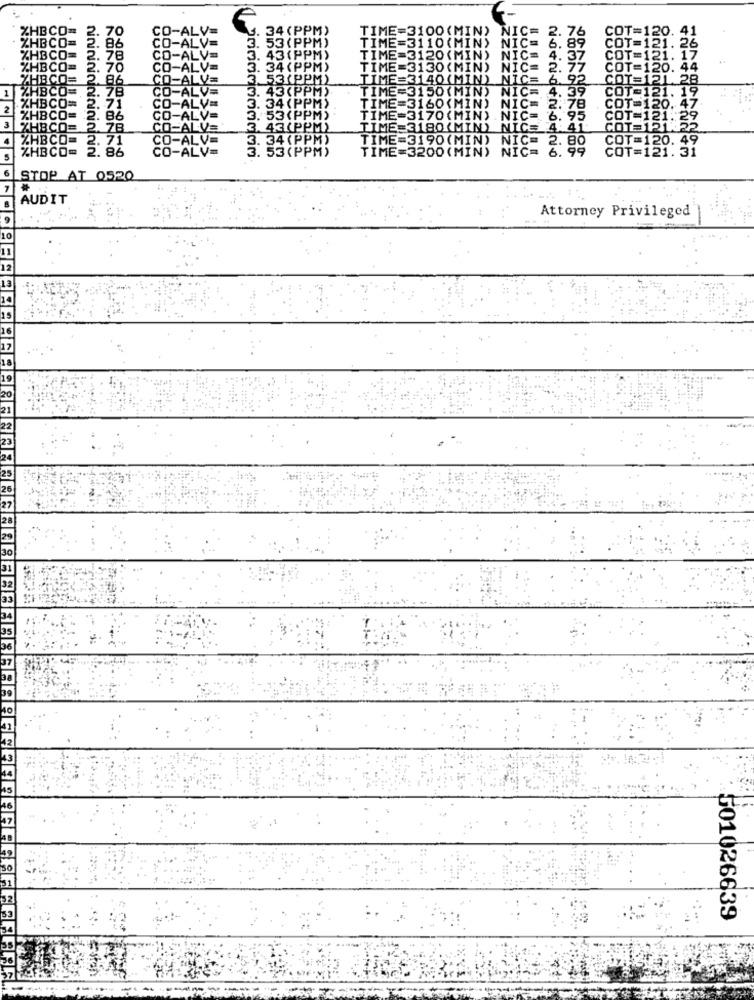
XHBCO=
2.
70
CO-ALV=
34(PPM)
TIME=3100(MIN)
NIC=
. 76
COT=1
20
IBCO=
COT
86
CO-ALV=
3. 53 (PPM)
TIME=3110(MIN) NIC= 6. 89
%HBCO=
2.78
CO-A
. 43 (PPM)
TIME=3120(MIN)
NIC= 4.
. 37
COT=1
1.
HBCO=
CO
. 34(PPM)
TIME=3130(MIN) NIC= 2. 77
COT=
0. 44
ZHBCO= 2.86
V=
3.53(PPM)
TIME=3140(MIN) NIC= 6
: 92
COTS
21.28
1
COT=121. 19
HBCO= 2. 78
3. 43 (PPM)
TIME=3150(MIN) NIC= 4. 39
2
(HBCO= 2. 71
3. 34 (PPM) .
TIME=3160(MIN) NIC= 2.78
COT=120. 47
HBCO= 2. 86
J-A
3. 53(PPM)
TIME=3170(MIN) .NIC= 6. 95
COT=121:29
3
%HBCO= 2.78
CO-A
43(PPM)
TIME=3180(MIN)
NICE AL
COTSPIKE
%HBCO= 2. 71
CO-ALV
3. 34(PPM)
TIME=3190(MIN) NIC= 2.
COT=120. 49
%HBCO
. 53 (PPM)
TIME=3200(MIN) NIC= 6. 99
COT=121. 31
CO-ALV=
STOP AT 0520
AUDIT
Attorney Privileged
501026639